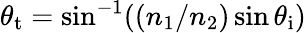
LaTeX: \theta_{\mathrm{t}}=\sin^{-1}((n_{1}/n_{2})\sin\theta_{\mathrm{i}})